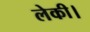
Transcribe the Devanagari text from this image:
लेकी।